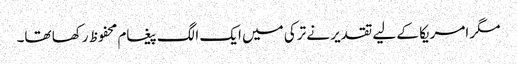
مگر امریکا کے لیے تقدیر نے ترکی میں ایک الگ پیغام محفوظ رکھا تھا۔